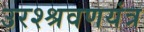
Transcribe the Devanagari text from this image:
उरश्श्रवणयंत्र